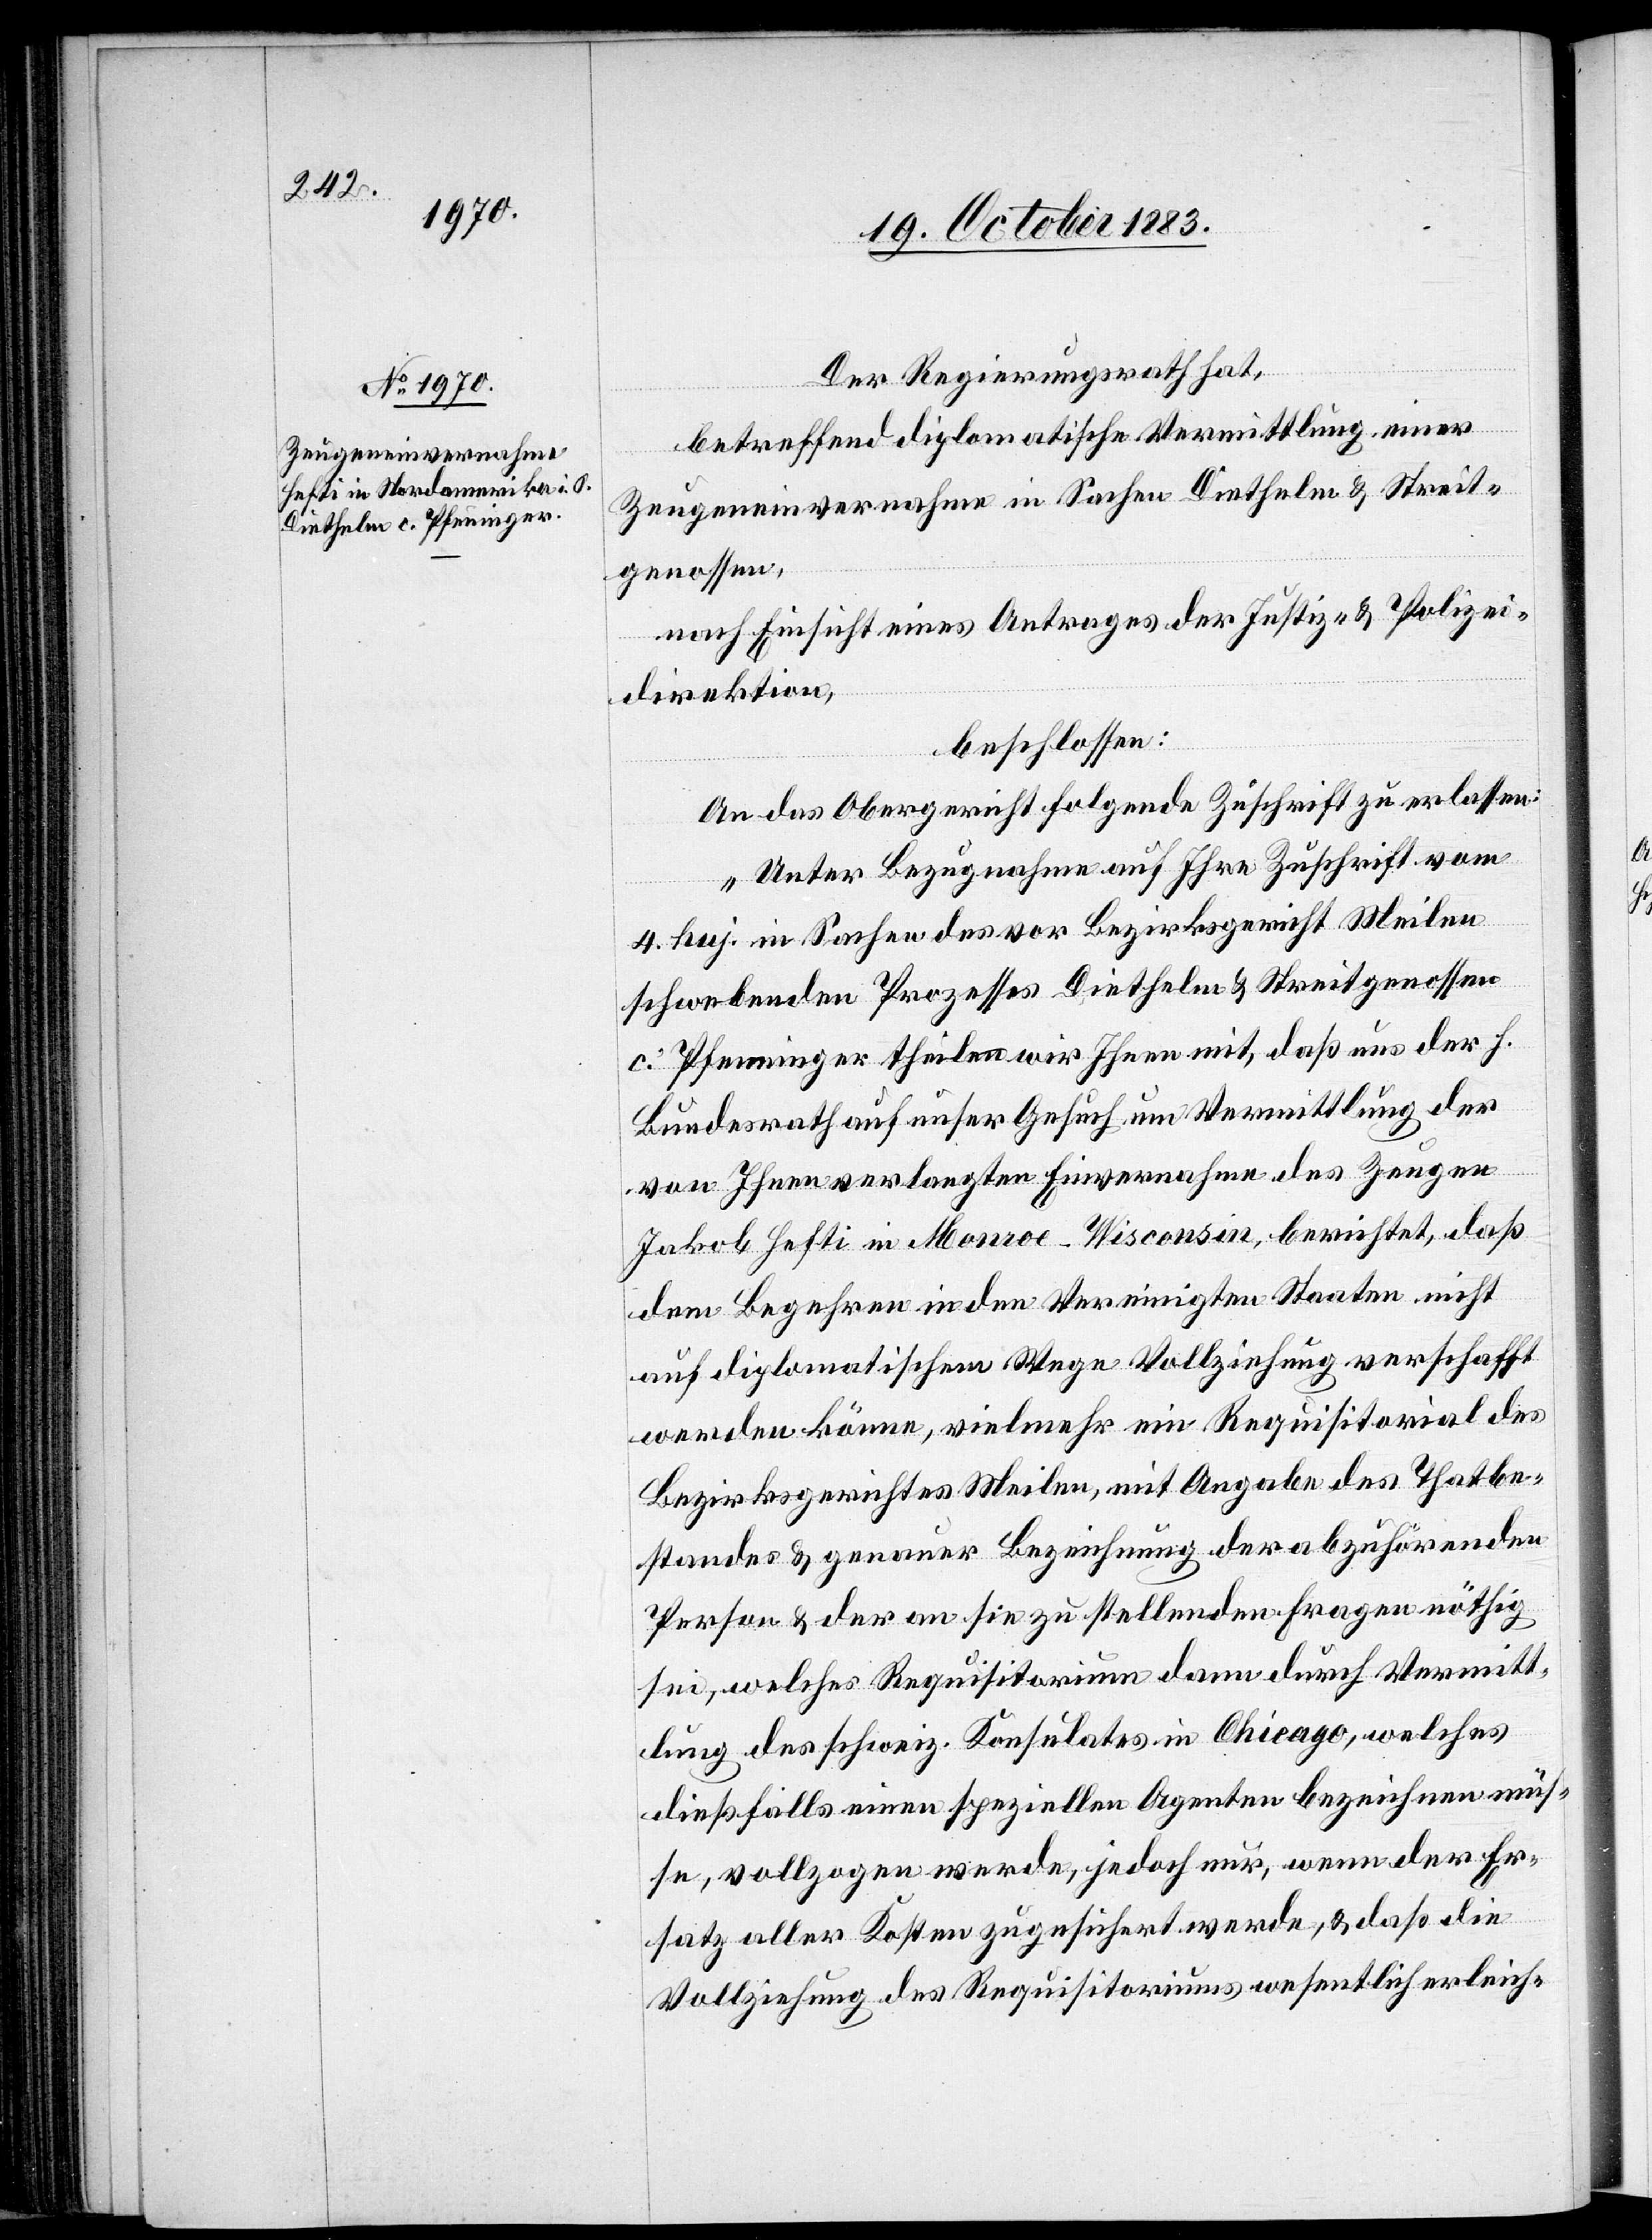
23. October 1883.]
Der Regierungsrath hat,
betreffend diplomatische Vermittlung einer
Zeugeneinvernahme in Sachen Diethelm & Streit¬
genossen,
nach Einsicht eines Antrages der Justiz- & Polizei¬
direktion,
beschlossen:
An das Obergericht folgende Zuschrift zu erlassen:
„Unter Bezugnahme auf Ihre Zuschrift vom
4. huj. in Sachen des vor Bezirksgericht Meilen
schwebenden Prozesses Diethelm & Streitgenossen
c. Pfenninger theilen wir Ihnen mit, daß uns der h.
Bundesrath auf unser Gesuch um Vermittlung der
von Ihnen verlangten Einvernahme des Zeugen
Jakob Hefti in Menroe - Wisconsin, berichtet, daß
dem Begehren in den Vereinigten Staaten nicht
auf diplomatischem Wege Vollziehung verschafft
werden könne, vielmehr ein Requisitorial des
Bezirksgerichtes Meilen, mit Angabe des Thatbe¬
standes & genauer Bezeichnung der abzuhörenden
Person & der an sie zu stellenden Fragen nöthig
sei, welches Requisitorium dann durch Vermitt¬
lung des schweiz. Konsulates in Chicago, welches
dießfalls einen speziellen Agenten bezeichnen müs¬
se, vollzogen werde, jedoch nur, wenn der Er¬
satz aller Kosten zugesichert werde, & daß die
Vollziehung des Requisitoriums wesentlich erleich-